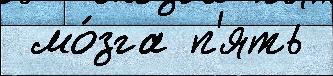
 мо́зга п'ять